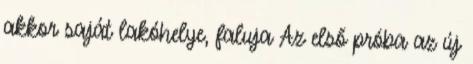
akkor saját lakóhelye, faluja Az első próba az új